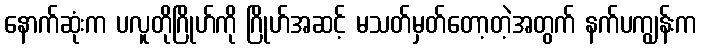
နောက်ဆုံးက ပလူတိုဂြိုဟ်ကို ဂြိုဟ်အဆင့် မသတ်မှတ်တော့တဲ့အတွက် နက်ပကျွန်းက